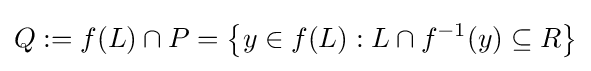
Q:=f(L)\cap P=\left\{y\in f(L):L\cap f^{-1}(y)\subseteq R\right\}